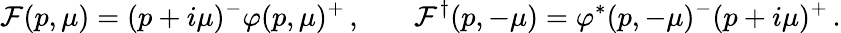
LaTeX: {\cal F}(p,\mu)=(p+i\mu)^{-}\varphi(p,\mu)^{+}\, ,\quad\; \; \; {\cal F}^{\dagger}(p,-\mu)=\varphi^{*}(p,-\mu)^{-}(p+i\mu)^{+}\, .